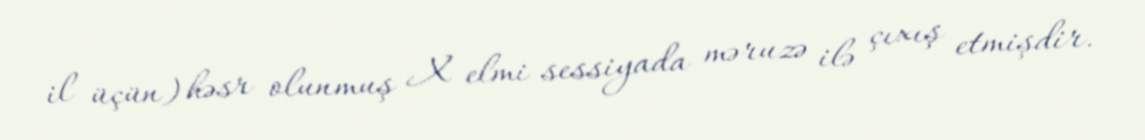
il üçün) həsr olunmuş X elmi sessiyada məruzə ilə çıxış etmişdir.